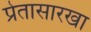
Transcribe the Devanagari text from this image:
प्रेतासारखा